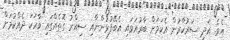
އެވެ. އަދި ސަރުކާރުން އެކަމަށް ބާރުއަޅައި އެބޭފުޅުންނާއި ސިއްރު ގޮތެއްގައި ވާހަކަ ދެއްކުމަށް